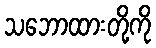
သဘောထားတို့ကို